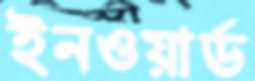
ইনওয়ার্ড